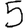
Digit: 5